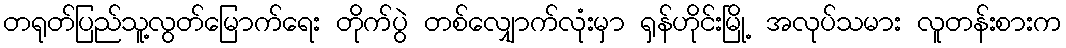
တရုတ်ပြည်သူ့လွတ်မြောက်ရေး တိုက်ပွဲ တစ်လျှောက်လုံးမှာ ရှန်ဟိုင်းမြို့ အလုပ်သမား လူတန်းစားက